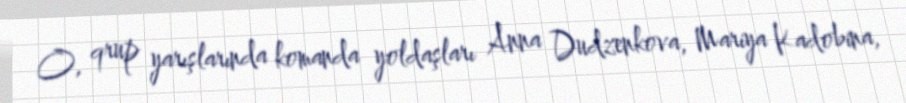
O, qrup yarışlarında komanda yoldaşları Anna Dudzenkova, Mariya Kadobina,